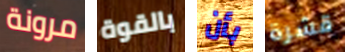
مرونة بالقوة بأن قشرة